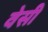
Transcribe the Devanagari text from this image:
वेसी